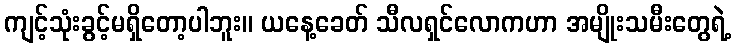
ကျင့်သုံးခွင့်မရှိတော့ပါဘူး။ ယနေ့ခေတ် သီလရှင်လောကဟာ အမျိုးသမီးတွေရဲ့